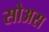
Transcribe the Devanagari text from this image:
सोअस